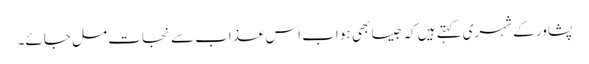
پشاور کے شہری کہتے ہیں کہ جیسا بھی ہو اب اس عذاب سے نجات مل جائے۔